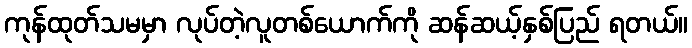
ကုန်ထုတ်သမမှာ လုပ်တဲ့လူတစ်ယောက်ကို ဆန်ဆယ့်နှစ်ပြည် ရတယ်။